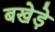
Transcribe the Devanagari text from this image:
बखेड़े